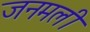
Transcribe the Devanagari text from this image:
जनमली